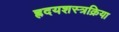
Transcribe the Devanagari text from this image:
ह्रदयशस्त्रक्रिया